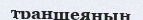
траншеяның